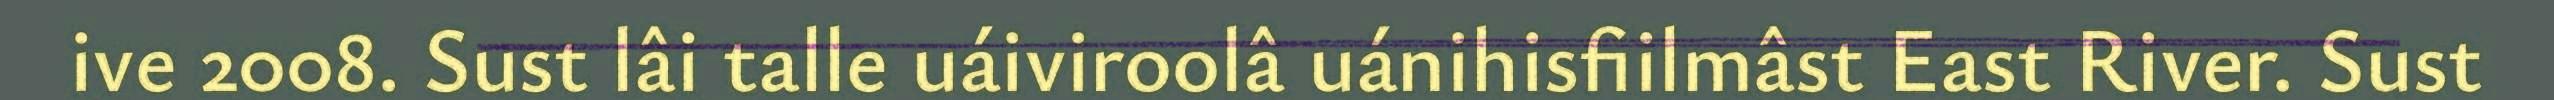
ive 2008. Sust lâi talle uáiviroolâ uánihisfiilmâst East River. Sust